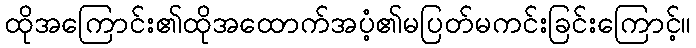
ထိုအကြောင်း၏ထိုအထောက်အပံ့၏မပြတ်မကင်းခြင်းကြောင့်။